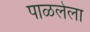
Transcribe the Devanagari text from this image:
पाळलेला